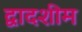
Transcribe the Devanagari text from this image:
द्वादशीम